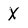
Character: X